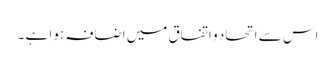
اس سے اتحاد و اتفاق میں اضافہ ہوا ہے ۔